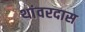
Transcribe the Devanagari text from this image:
थांवरदास